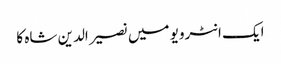
ایک انٹرویو میں نصیر الدین شاہ کا